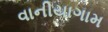
વાનીયાગામ